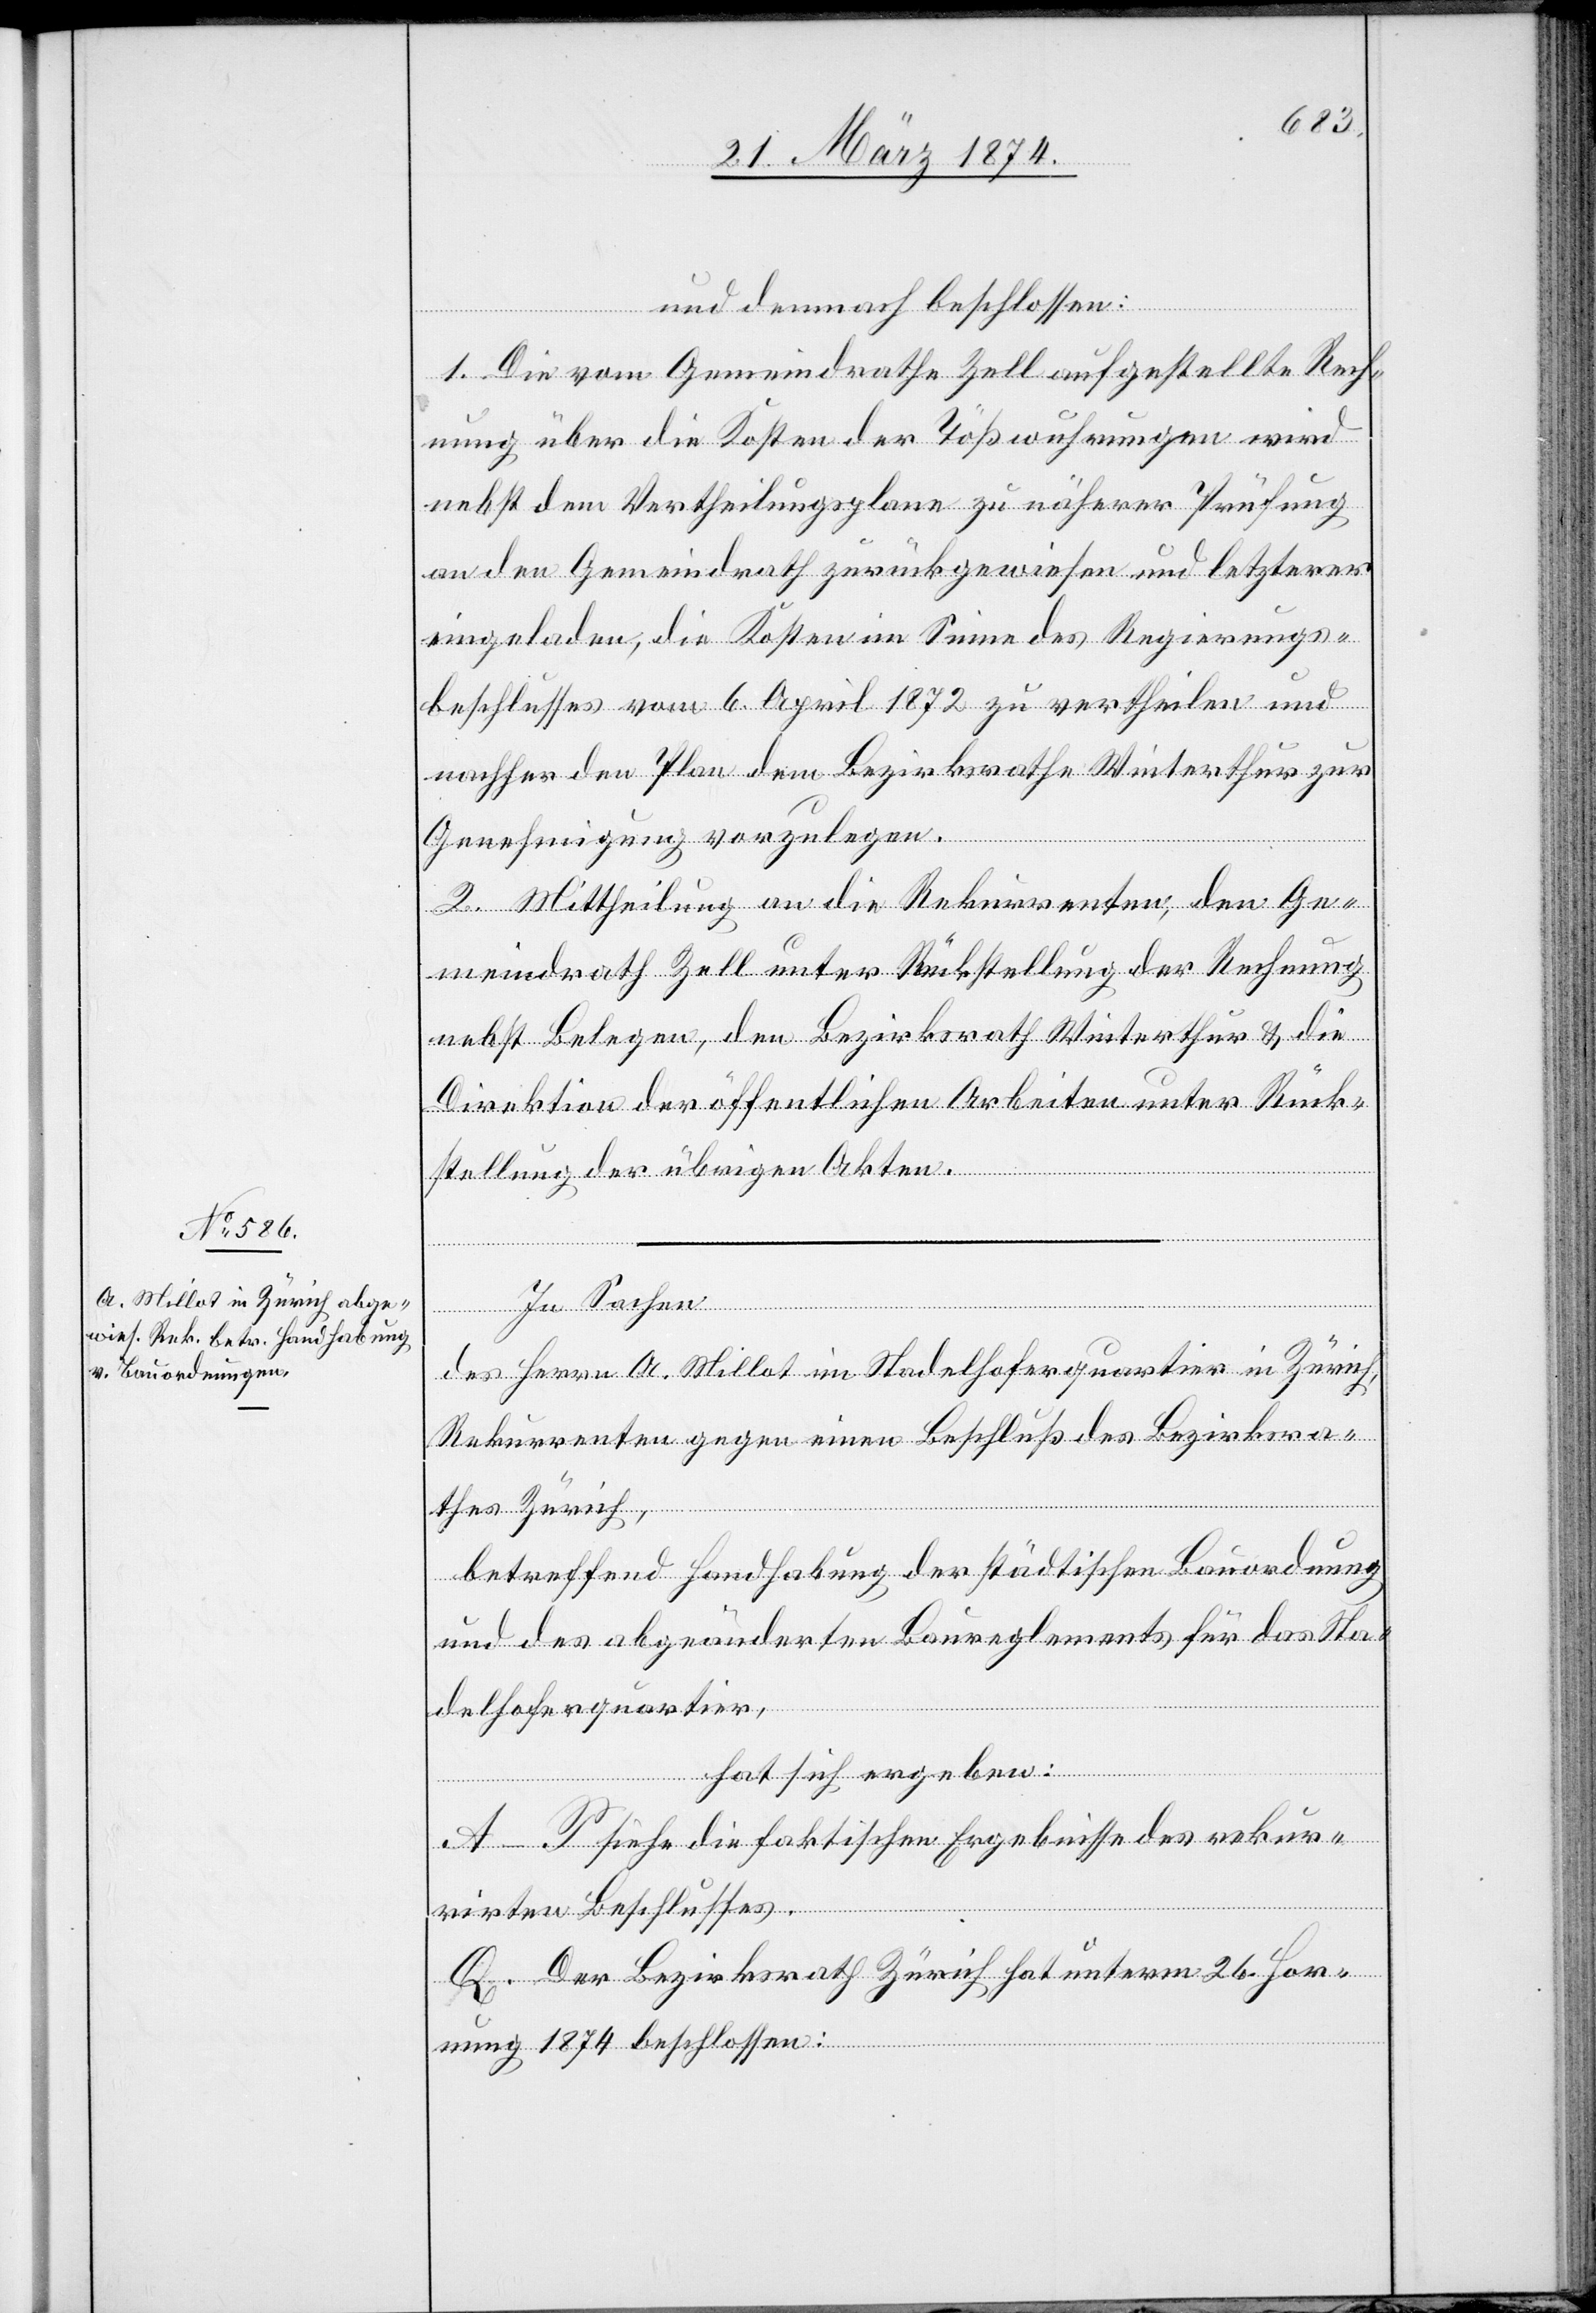
und demnach beschlossen:
1. Die vom Gemeindrath Zell aufgestellte Rech¬
nung über die Kosten der Tößwuhrungen wird
nebst dem Vertheilungsplane zu näherer Prüfung
an den Gemeindrath zurückgewiesen und letzterer
eingeladen, die Kosten im Sinne des Regierungs¬
beschlusses vom 6. April 1872 zu vertheilen und
nachher den Plan dem Bezirksrathe Winterthur zur
Genehmigung vorzulegen.
2. Mittheilung an die Rekurrenten, den Ge¬
meindrath Zell unter Rückstellung der Rechnung
nebst Belegen, dem Bezirksrath Winterthur u. die
Direktion der öffentlichen Arbeiten unter Rück¬
stellung der übrigen Akten.
In Sachen
des Herrn A. Millot im Stadelhoferquartier in Zürich,
Rekurrenten gegen einen Beschluß des Bezirksra¬
thes Zürich,
betreffend Handhabung der städtischen Bauordnung
und des abgeänderten Baureglements für das Sta¬
delhoferquartier,
hat sich ergeben:
A–P Siehe die faktischen Ergebnisse des rekur¬
rirten Beschlusses.
Q. Der Bezirksrath Zürich hat unterm 26. Hor¬
nung 1874 beschlossen: